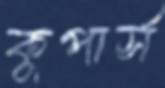
কুপার্স